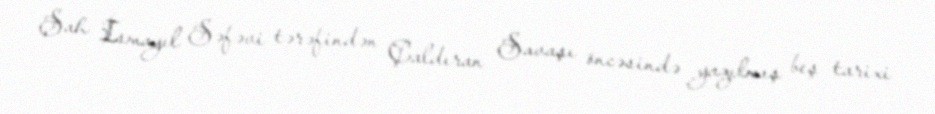
Şah İsmayıl Səfəvi tərəfindən Çaldıran Savaşı öncəsində yazılmış beş tarixi